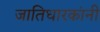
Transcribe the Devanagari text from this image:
जातिधारकांनी